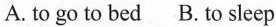
A. to go to bed B. to sleep